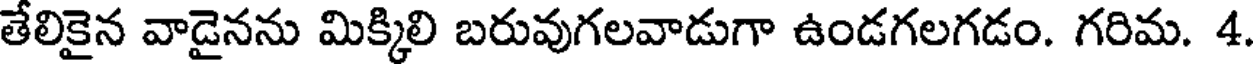
తేలికైన వాడైనను మిక్కిలి బరువుగలవాడుగా ఉండగలగడం. గరిమ. 4